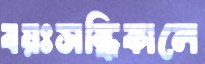
বয়ঃসন্ধিকালে